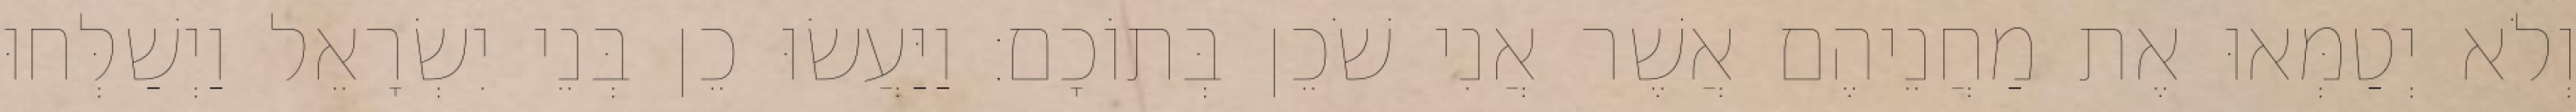
וְלֹא יְטַמְּאוּ אֶת מַחֲנֵיהֶם אֲשֶׁר אֲנִי שֹׁכֵן בְּתוֹכָם׃ וַיַּעֲשׂוּ כֵן בְּנֵי יִשְׂרָאֵל וַיְשַׁלְּחוּ